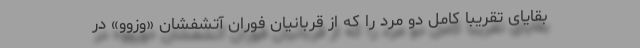
بقایای تقریبا کامل دو مرد را که از قربانیان فوران آتشفشان «وزوو» در